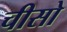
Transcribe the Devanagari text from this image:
चीसो